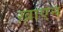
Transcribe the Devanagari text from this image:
ख़ाएन